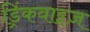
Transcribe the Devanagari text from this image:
ड्रिंकवाइज़